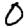
Digit: 0